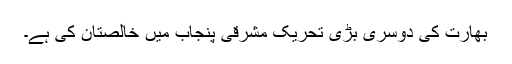
بھارت کی دوسری بڑی تحریک مشرقی پنجاب میں خالصتان کی ہے۔